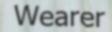
Wearer